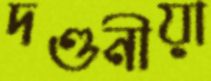
দণ্ডনীয়া